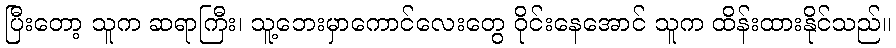
ပြီးတော့ သူက ဆရာကြီး၊ သူ့ဘေးမှာကောင်လေးတွေ ဝိုင်းနေအောင် သူက ထိန်းထားနိုင်သည်။